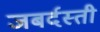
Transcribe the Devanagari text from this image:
जबर्दस्‍ती